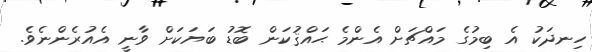
ހިނދަކު އެ ބިމުގެ މައްޗަށް އެންމެ ޙައްޤުކަން ބޮޑު ބަޔަކަށް ވާނީ އެއުރެންނެވެ.